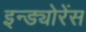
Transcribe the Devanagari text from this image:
इन्ड्योरेंस